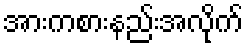
အားကစားနည်းအလိုက်